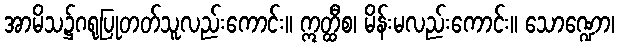
အာမိသ၌ဂရုပြုတတ်သူလည်းကောင်း။ ဣတ္ထီစ၊ မိန်းမလည်းကောင်း။ သောဏ္ဍော၊